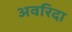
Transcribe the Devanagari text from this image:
अवरिदा